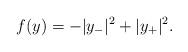
LaTeX: \begin{align*} f ( y ) = - \vert y_{-} \vert^{2} + \vert y_{+} \vert^{2} .\end{align*}